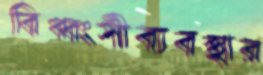
বিধ্বংসীব্যবস্থার